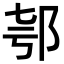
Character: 𨚤